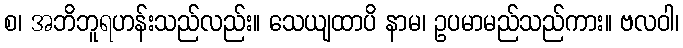
စ၊ အဘိဘူရဟန်းသည်လည်း။ သေယျထာပိ နာမ၊ ဥပမာမည်သည်ကား။ ဗလဝါ၊